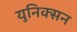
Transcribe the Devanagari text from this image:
युनिक्सन